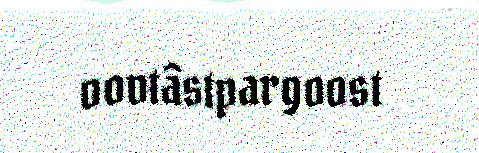
oovtâstpargoost